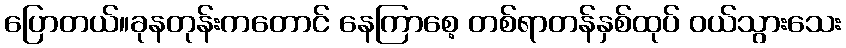
ပြောတယ်။ခုနတုန်းကတောင် နေကြာစေ့ တစ်ရာတန်နှစ်ထုပ် ဝယ်သွားသေး